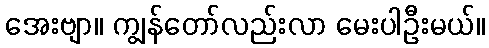
အေးဗျာ။ ကျွန်တော်လည်းလာ မေးပါဦးမယ်။